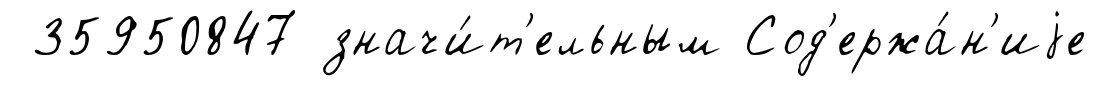
35950847 значи́т'ельным Сод'ержа́н'иjе